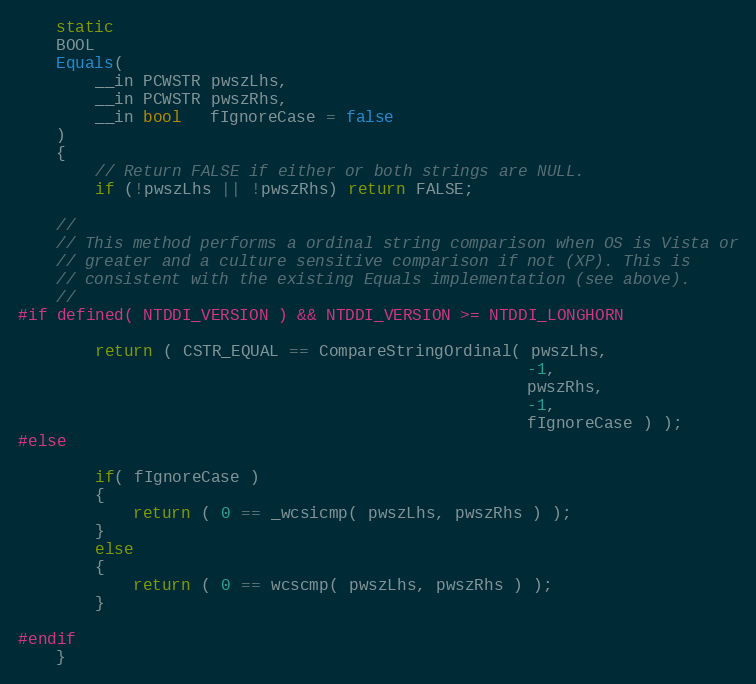
Language: C
    static
    BOOL
    Equals(
        __in PCWSTR pwszLhs,
        __in PCWSTR pwszRhs,
        __in bool   fIgnoreCase = false
    )
    {
        // Return FALSE if either or both strings are NULL.
        if (!pwszLhs || !pwszRhs) return FALSE;

    //
    // This method performs a ordinal string comparison when OS is Vista or
    // greater and a culture sensitive comparison if not (XP). This is
    // consistent with the existing Equals implementation (see above).
    //
#if defined( NTDDI_VERSION ) && NTDDI_VERSION >= NTDDI_LONGHORN

        return ( CSTR_EQUAL == CompareStringOrdinal( pwszLhs,
                                                     -1,
                                                     pwszRhs,
                                                     -1,
                                                     fIgnoreCase ) );
#else

        if( fIgnoreCase )
        {
            return ( 0 == _wcsicmp( pwszLhs, pwszRhs ) );
        }
        else
        {
            return ( 0 == wcscmp( pwszLhs, pwszRhs ) );
        }

#endif
    }